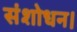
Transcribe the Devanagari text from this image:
संशोधन।